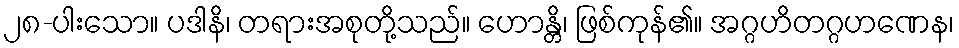
၂၈-ပါးသော။ ပဒါနိ၊ တရားအစုတို့သည်။ ဟောန္တိ၊ ဖြစ်ကုန်၏။ အဂ္ဂဟိတဂ္ဂဟဏေန၊